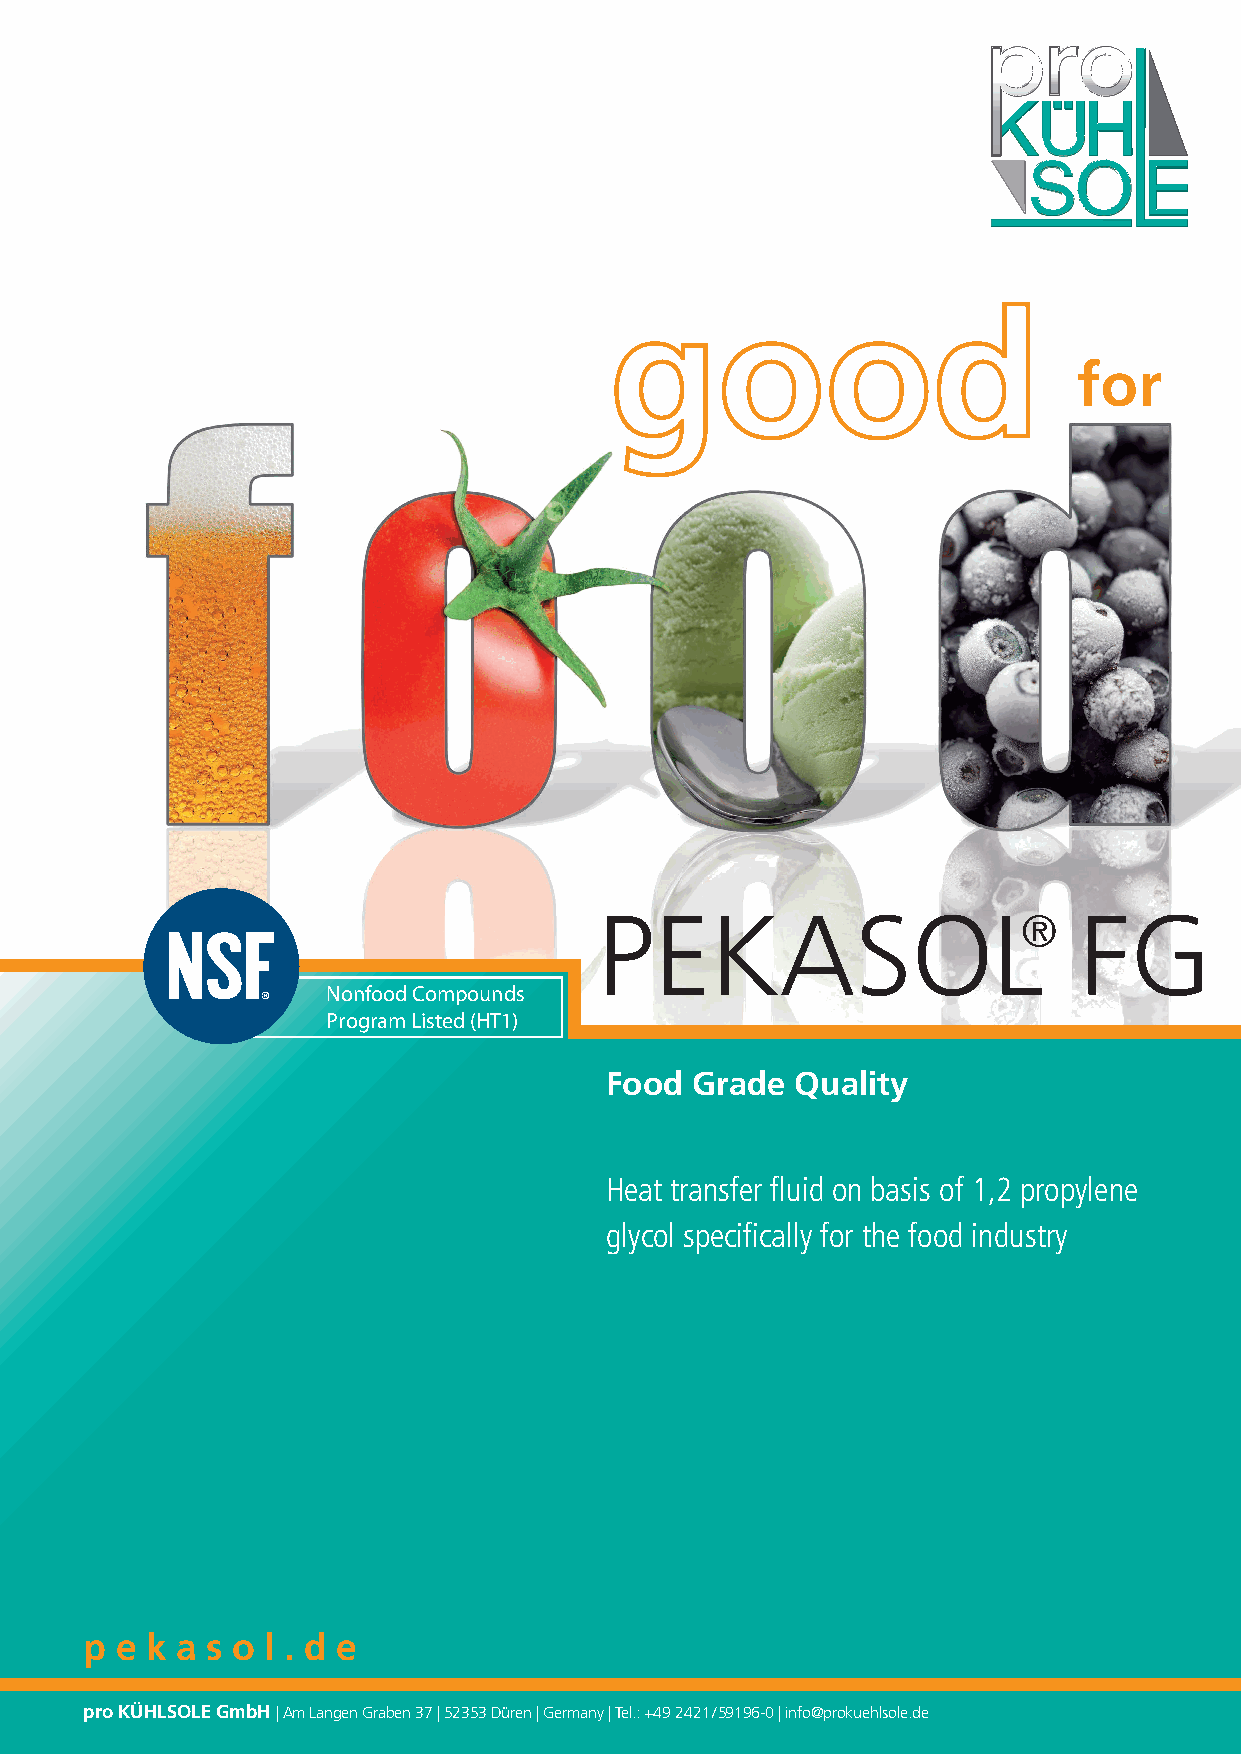
for
 PEKASOL®                       FG
 Nonfood Compounds
 Program Listed (HT1)
 Food  Grade  Quality
 Heat transfer fluid on basis of 1,2 propylene
 glycol specifically for the food industry
 p e k a s o l . d e
 pro KÜHLSOLE GmbH | Am Langen Graben 37 | 52353 Düren | Germany | Tel.: +49 2421 / 59196-0 | info@prokuehlsole.de